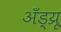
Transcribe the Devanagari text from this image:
अँड्य्रू